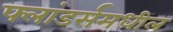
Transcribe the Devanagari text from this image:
फ्लांडर्समधील